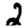
Digit: 2